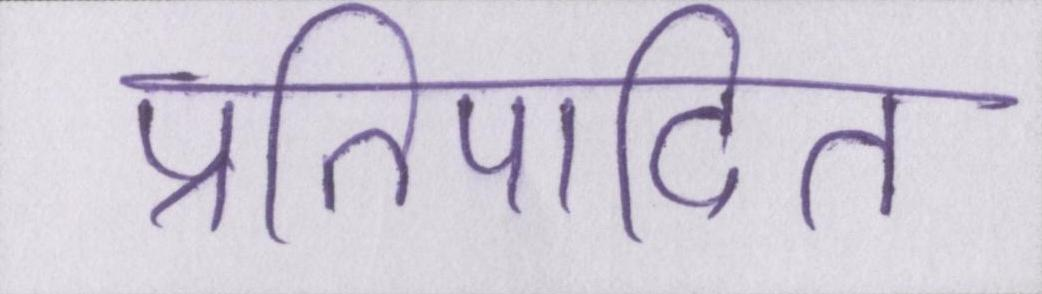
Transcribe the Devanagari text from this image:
प्रतिपादित